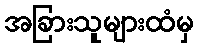
အခြားသူများထံမှ